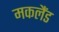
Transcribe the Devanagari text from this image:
मकलैंड